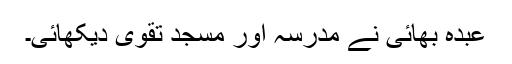
عبدہ بھائی نے مدرسہ اور مسجد تقویٰ دیکھائی۔